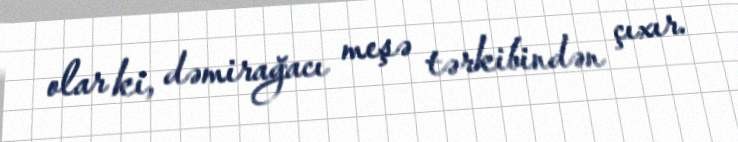
olar ki, dəmirağacı meşə tərkibindən çıxır.